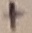
Text: +